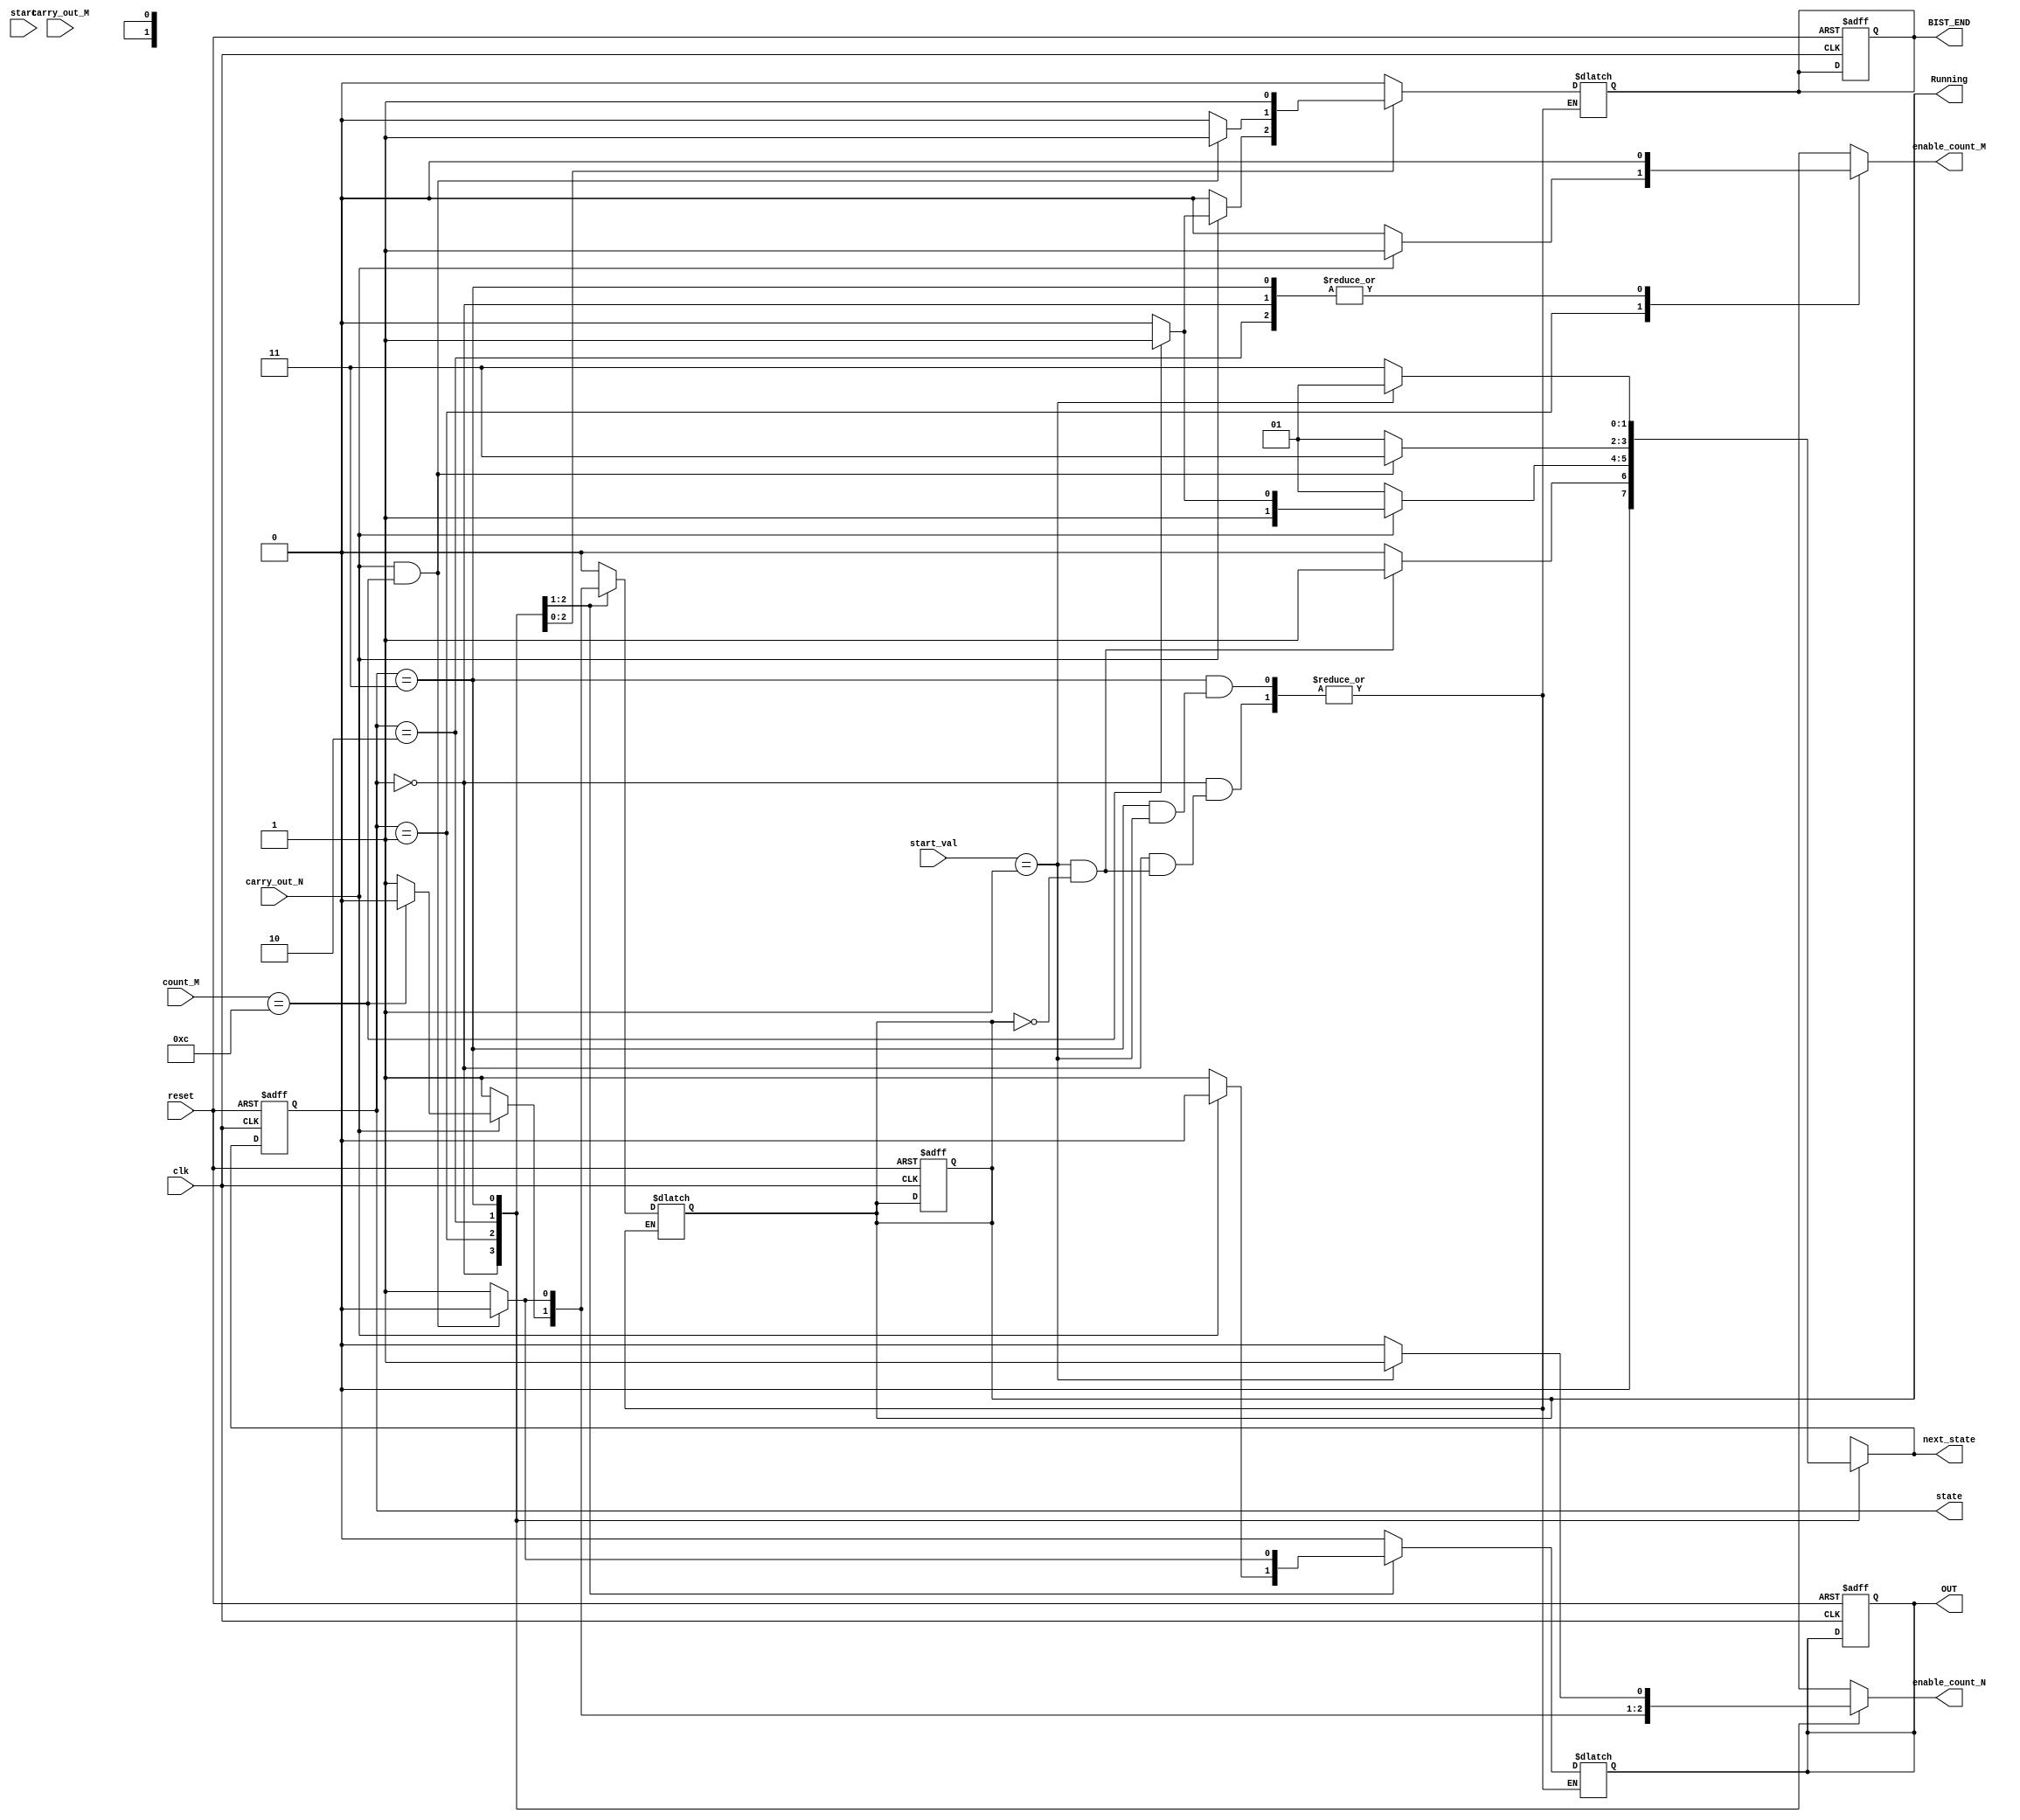
module state_machine_2( //inputs do block state machine
    input clk, //clock signal
    input start, // start signal
    input reset, // reset signal
    input wire [1:0] start_val, //valor dos flipflops poseedge
    input wire carry_out_N, // carry out N do contadores
    input wire carry_out_M, // cary out M do contador
    input wire [3:0] count_M, // valor do contador M
    output reg OUT, // val OUT
    output reg BIST_END, //BIST end
    output reg Running,// variavel se esta a correr
    output reg [1:0] state, // so para verificar o state no testbench
    output reg [1:0] next_state,//so para verificar o next_state no testbench
    output reg enable_count_N, //enabler do counter N
    output reg enable_count_M // enables do counter M
);
localparam [1:0] IDLE=0, counting_N=1, counting_M=2, finish=3; //nome dos estados

always @(posedge clk or posedge reset) begin
    if((reset == 1'b1))begin // reseta sincronamente com o reset, quando reseta muda instantaneamente os valores dos outputs, do shift reg e dos contadores
        state <= IDLE;
        Running = 0;
        OUT = 0;
        BIST_END = 0;
    end
    else begin
        state <= next_state; // update do estado com o clock
    end
end
always @(*) begin
    case (state)
        IDLE: begin
            if((start_val[1:0] == 2'b01) && (Running == 1'b0))begin // so comea quando existe uma variacao 0-1 do start e Running a 0
                next_state = counting_N;
                enable_count_N = 1;
                enable_count_M = 0;
                end
            else begin
                next_state = IDLE;
                enable_count_N = 0;
                enable_count_M = 0;
                Running = 0;
                OUT = 0;
                BIST_END = 0;
            end
        end
        counting_N: begin
            enable_count_N = 1;
            Running = 1;
            OUT = 1;
            BIST_END = 0;
            if (carry_out_N == 1'b1) begin
                if(count_M == 4'd12)begin
                    next_state = finish;
                    Running = 0;
                    OUT = 0;
                    BIST_END = 1;
                    enable_count_N = 0;
                    enable_count_M = 1;
                end

                else begin
                    enable_count_M = 1;
                    Running = 1;
                    OUT = 0;
                    BIST_END = 0;
                    next_state = counting_M;
                end
            end
            else begin
                next_state = counting_N;
                enable_count_M = 0;
            end
        end
        counting_M: begin
            next_state = counting_N;
            enable_count_M = 0;
            if ((carry_out_N == 1'b1) &&(count_M == 4'd12)) begin
                next_state = finish;
                enable_count_N = 0;
                enable_count_M = 0;
                Running = 0;
                OUT = 0;
                BIST_END = 1;

            end
            else begin
                next_state = counting_N;
                enable_count_N = 1;
                Running = 1;
                OUT = 1;
                BIST_END = 0;
            end
        end
        finish: begin
            if(start_val[1:0] == 2'b01)begin
                next_state = counting_N;
                enable_count_N = 1;
                enable_count_M = 0;
            end
            else begin 
                next_state = finish;
                enable_count_N = 0;
                enable_count_M = 0;
                Running = 0;
                OUT = 0;
                BIST_END = 1;
            end
        end
        default: next_state = IDLE;
    endcase
end
endmodule